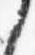
之